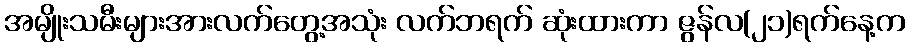
အမျိုးသမီးများအားလက်တွေ့အသုံး လက်ဘရက် ဆုံးထားကာ ဇွန်လ(၂၁)ရက်နေ့က